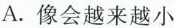
A. 像会越来越小